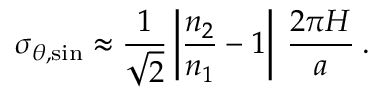
\sigma _ { \theta , \mathrm { s i n } } \approx \frac { 1 } { \sqrt { 2 } } \left| \frac { n _ { 2 } } { n _ { 1 } } - 1 \right| \: \frac { 2 \pi H } { a } \: .